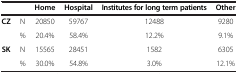
<table><thead><tr><td colspan="2"><b> </b></td><td><b>Home</b></td><td><b>Hospital</b></td><td><b>Institutes for long term patients</b></td><td><b>Other</b></td></tr></thead><tbody><tr><td rowspan="2"><b>CZ</b></td><td>N</td><td>20850</td><td>59767</td><td>12488</td><td>9280</td></tr><tr><td>%</td><td>20.4%</td><td>58.4%</td><td>12.2%</td><td>9.1%</td></tr><tr><td rowspan="2"><b>SK</b></td><td>N</td><td>15565</td><td>28451</td><td>1582</td><td>6305</td></tr><tr><td>%</td><td>30.0%</td><td>54.8%</td><td>3.0%</td><td>12.1%</td></tr></tbody></table>